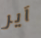
آير